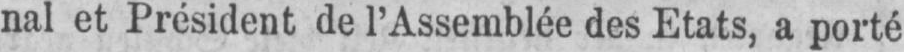
nal et President de l’Assemblée des Etats, a porté